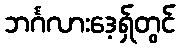
ဘင်္ဂလားဒေ့ရှ်တွင်